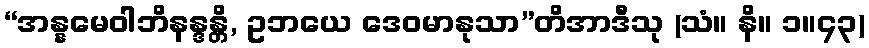
“အန္နမေဝါဘိနန္ဒန္တိ, ဥဘယေ ဒေဝမာနုသာ”တိအာဒီသု (သံ။ နိ။ ၁။၄၃)